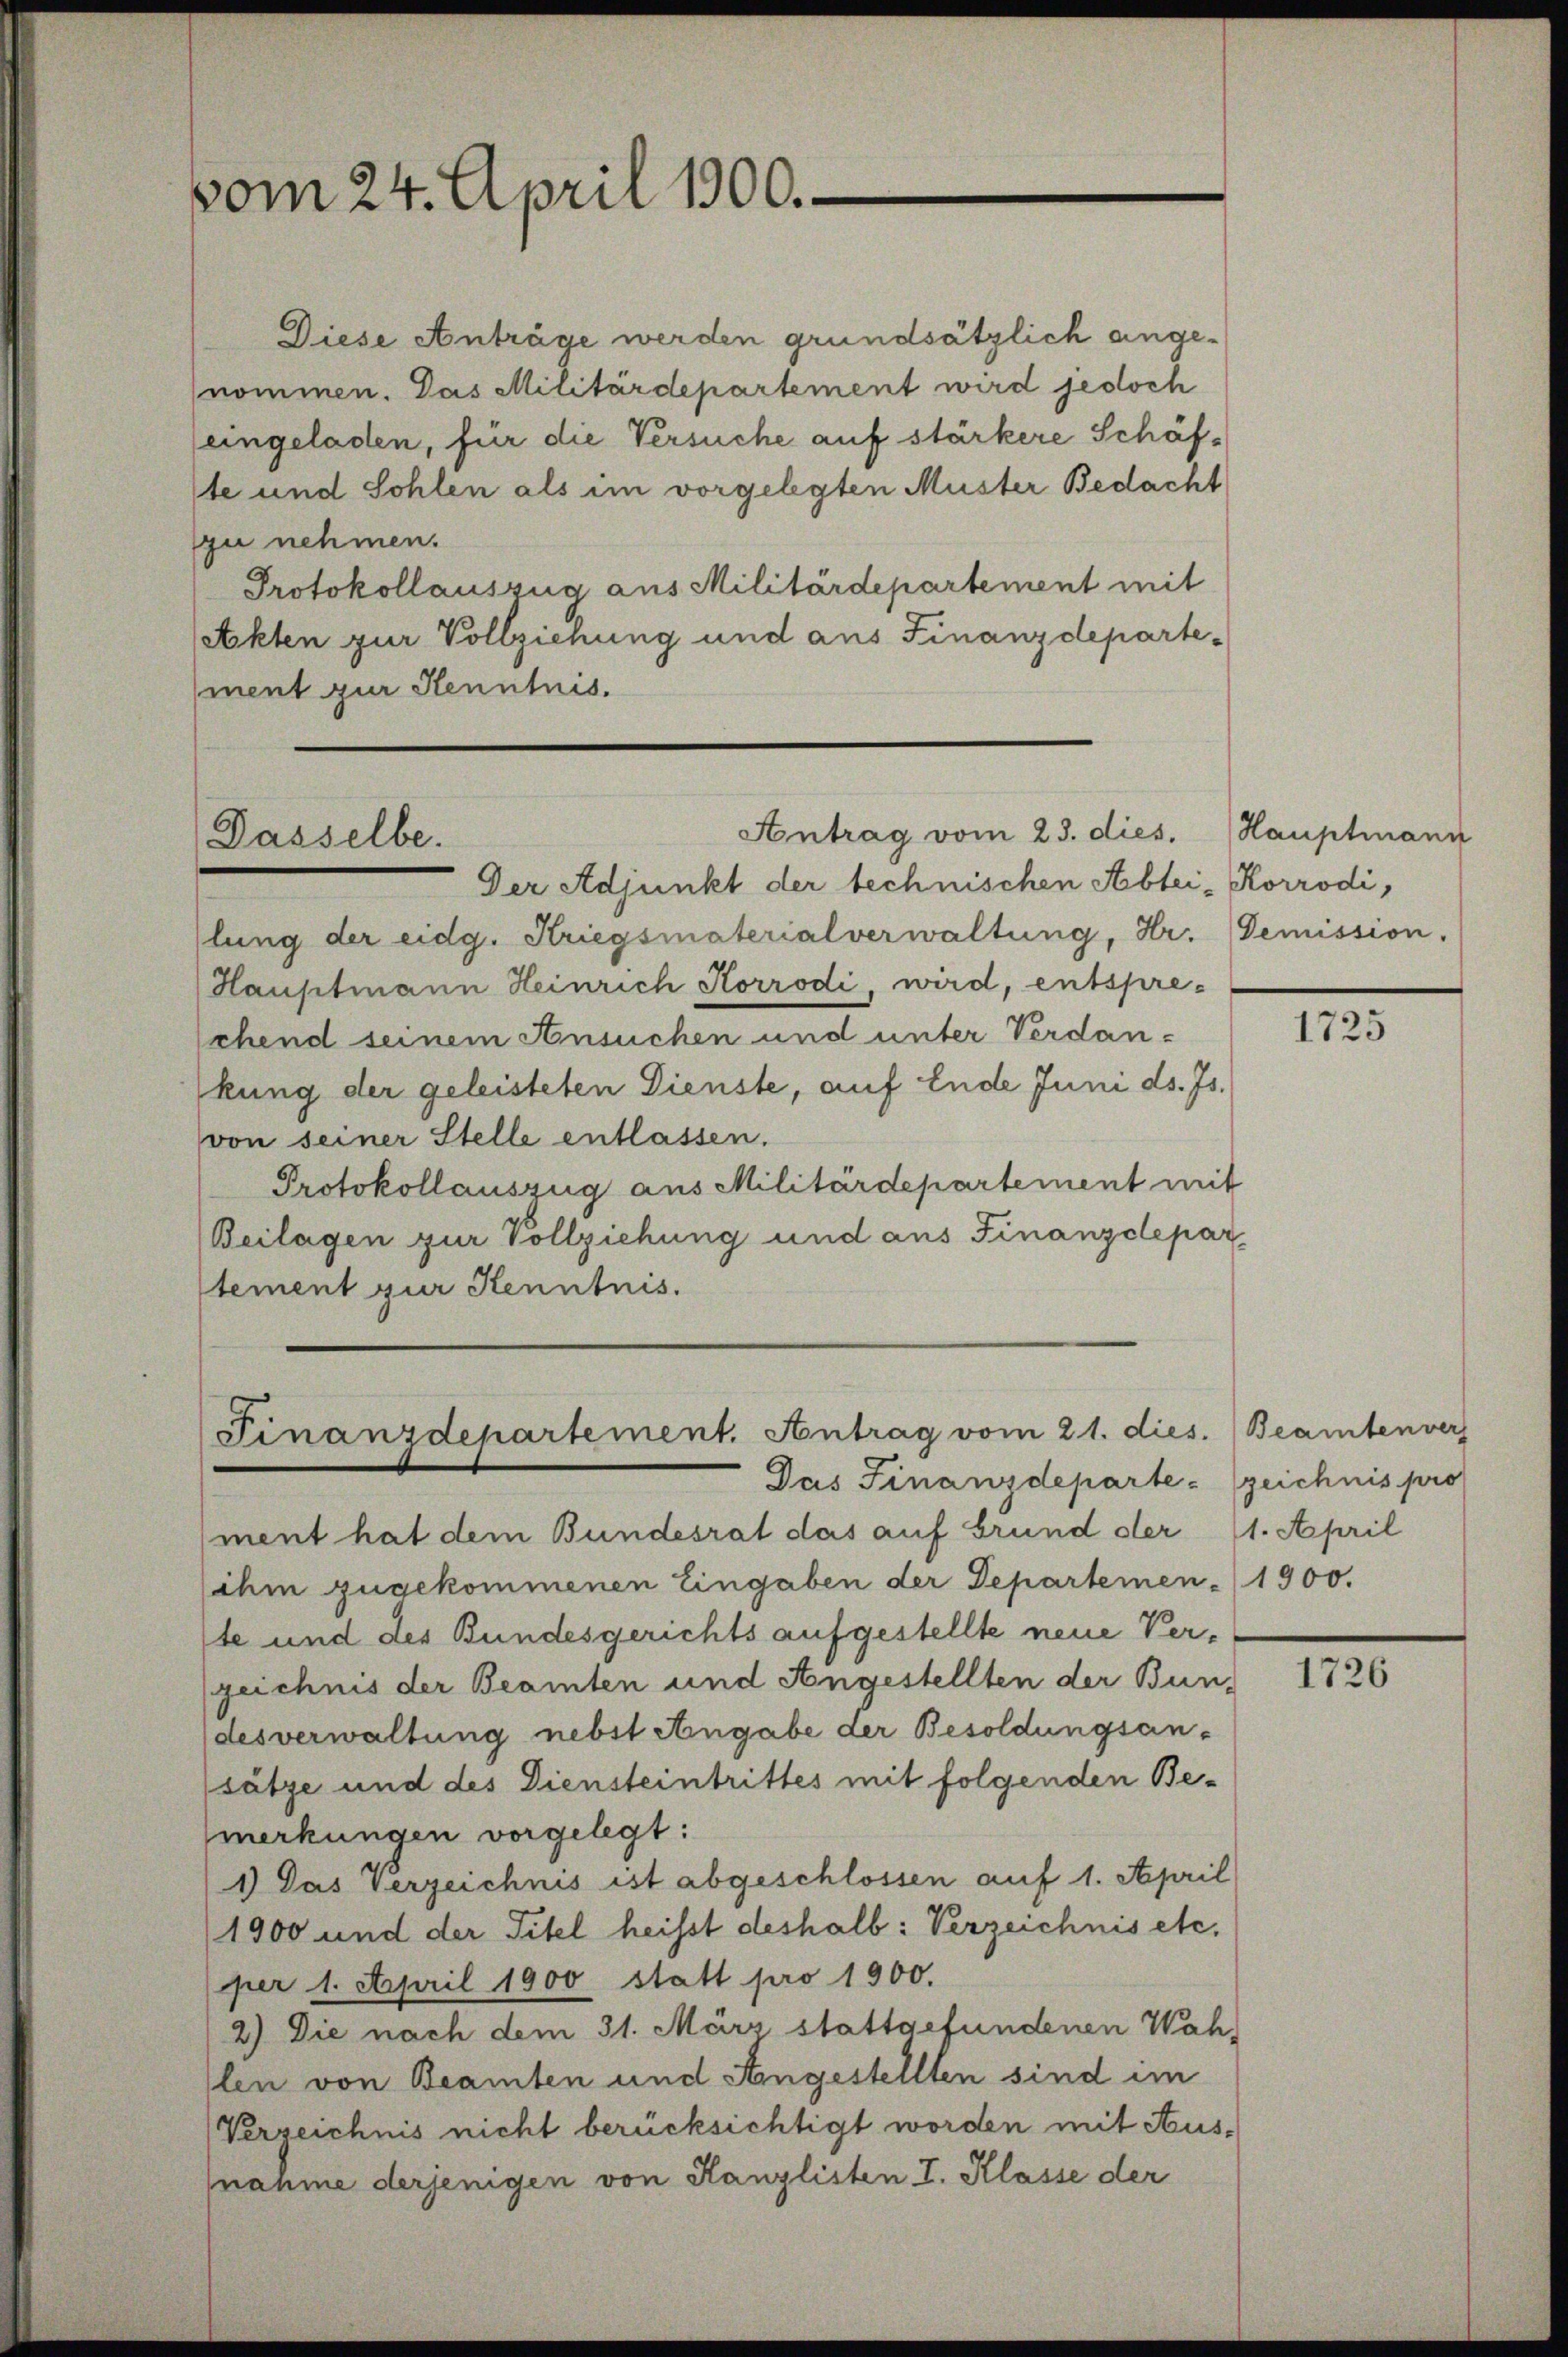
vom 24. April 1900.

Diese Anträge werden grundsätzlich angenommen. Das Militärdepartement wird jedoch
(eingeladen, für die Versuche auf stärkere Schäfste und Sohlen als im vorgelegten Muster Bedacht
zu nehmen.
Protokollauszug aus Militärdepartement mit
Akten zur Vollziehung und aus Finanzdepartement zur Kenntnis.

Dasselbe.

Der Adjunkt der technischen Abtei-Korrodi,
lung der eidg. Kriegsmaterialverwaltung, Hr. Demission.
Hauptmann Heinrich Korrodi, wird, entspreschend seinem Ansuchen und unter Verdankung der geleisteten Dienste, auf Ende Juni ds. Js.
von seiner Stelle entlassen.
Protokollauszug aus Militärdepartement mit
Beilagen zur Vollziehung und aus Finanzdepar
tement zur Kenntnis.

Antrag vom 23. dies. Hauptmann

Finanzdepartement. Antrag vom 21. dies. (Beamtenvers
Das Finanzdepartezeichnis pro

ment hat dem Bundesrat das auf Grund der (1. April
ihm zugekommenen Eingaben der Departemen-
te und der Bundesgerichts aufgestellte neue Verzeichnis der Beamten und Angestellten der Bun-
desverwaltung nebst Angabe der Besoldungsansätze und des Diensteintrittes mit folgenden Bemerkungen vorgelegt:
1) Das Verzeichnis ist abgeschlossen auf 1. April
(1900 und der Titel heisst deshalb: Verzeichnis etc.
(per 1. April 1900 statt pro 1900.
2.) Die nach dem 31. März stattgefundenen Wah-
llen von Beamten und Angestellten sind im
Verzeichnis nicht berücksichtigt worden mit Ausnahme derjenigen von Kanzlisten I. Klasse der

1725

1900.

1726